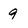
Character: 9